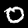
Digit: 0